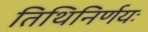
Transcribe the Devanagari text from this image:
तिथिनिर्णयः